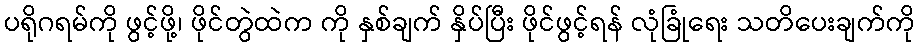
ပရိုဂရမ်ကို ဖွင့်ဖို့၊ ဖိုင်တွဲထဲက ကို နှစ်ချက် နှိပ်ပြီး ဖိုင်ဖွင့်ရန် လုံခြုံရေး သတိပေးချက်ကို